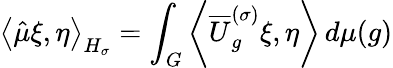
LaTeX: \left\langle{\hat{\mu}}\xi,\eta\right\rangle_{H_{\sigma}}=\int_{G}\left\langle{\overline{{U}}}_{g}^{(\sigma)}\xi,\eta\right\rangle\, d\mu(g)